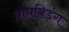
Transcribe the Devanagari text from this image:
बायबिड़ंग